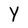
Character: Y